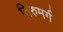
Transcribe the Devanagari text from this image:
तिरुमर्ग